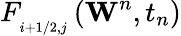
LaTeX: F_{_{i+1/2,j}}^{{}}\left({{\mathbf{W}}^{n}},{{t}_{n}}\right)